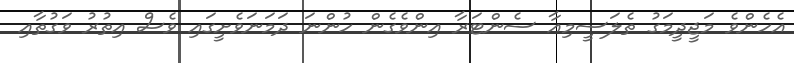
އެހެންވެ މަޖީދީމަގު ތެލަސީމިއާ ސެންޓަރާ އިންވެގެން ހުންނަ ދަމަނަވެށީގައި ވެސް އިތުރު ވަގުތާއި